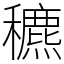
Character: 穮